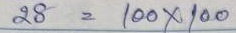
28 = 100 x 100